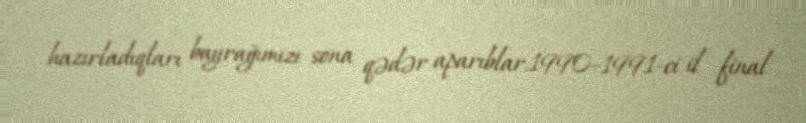
hazırladıqları bayrağımızı sona qədər aparıblar.1990–1991-ci il final